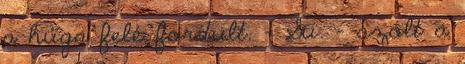
a húga felé fordult. - Su. - szólt a